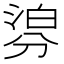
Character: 𣹁